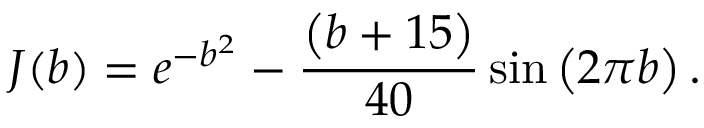
J ( b ) = e ^ { - b ^ { 2 } } - \frac { \left( b + 1 5 \right) } { 4 0 } \sin \left( 2 \pi b \right) .